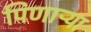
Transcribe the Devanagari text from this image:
पिणाऱ्या